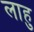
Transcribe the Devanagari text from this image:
लाहु